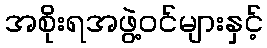
အစိုးရအဖွဲ့ဝင်များနှင့်